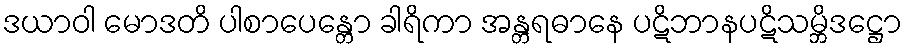
ဒယာဝါ မောဒတိ ပါစာပေန္တော ခါရိကာ အန္တရဓာနေ ပဋိဘာနပဋိသမ္ဘိဒဋ္ဌော